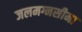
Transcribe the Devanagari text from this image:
जलमग्नसीमा